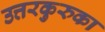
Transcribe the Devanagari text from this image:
उत्तरकुरुका